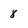
Character: 8